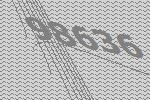
98636